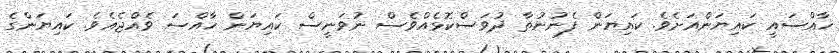
ޚާއްސައީ ކައިޔަންއަށެވެ. ކައިޔަން ފެނުނުތާ ދުވަސްކޮޅެއްވެސް ނުވަނީސް ކައިޔަން ޚާއްސަ ވެއްޖެއެވެ. ކައިޔަންގެ